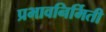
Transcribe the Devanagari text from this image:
प्रभावनिर्मिती